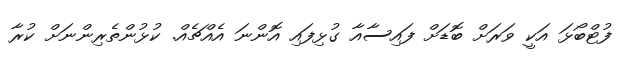
ފުޓްބޯޅަ އަކީ ވަރަށް ބޮޑަށް ފައިސާއާ ގުޅިފައި އޮންނަ އެއްޗެއް. ކުޅުންތެރިންނަށް ކުރާ